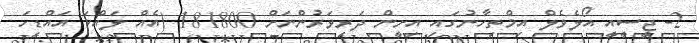
2- ޖީސީއީ އޯލެވެލް އިމްތިހާނުގައި އިށީން ދަރިވަރުންނަށް 181800 (އެއް ލައްކަ އައްޑިހަ